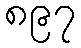
၈၉၇